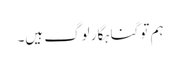
ہم تو گناہگار لوگ ہیں۔